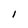
Character: I